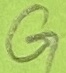
Text: G